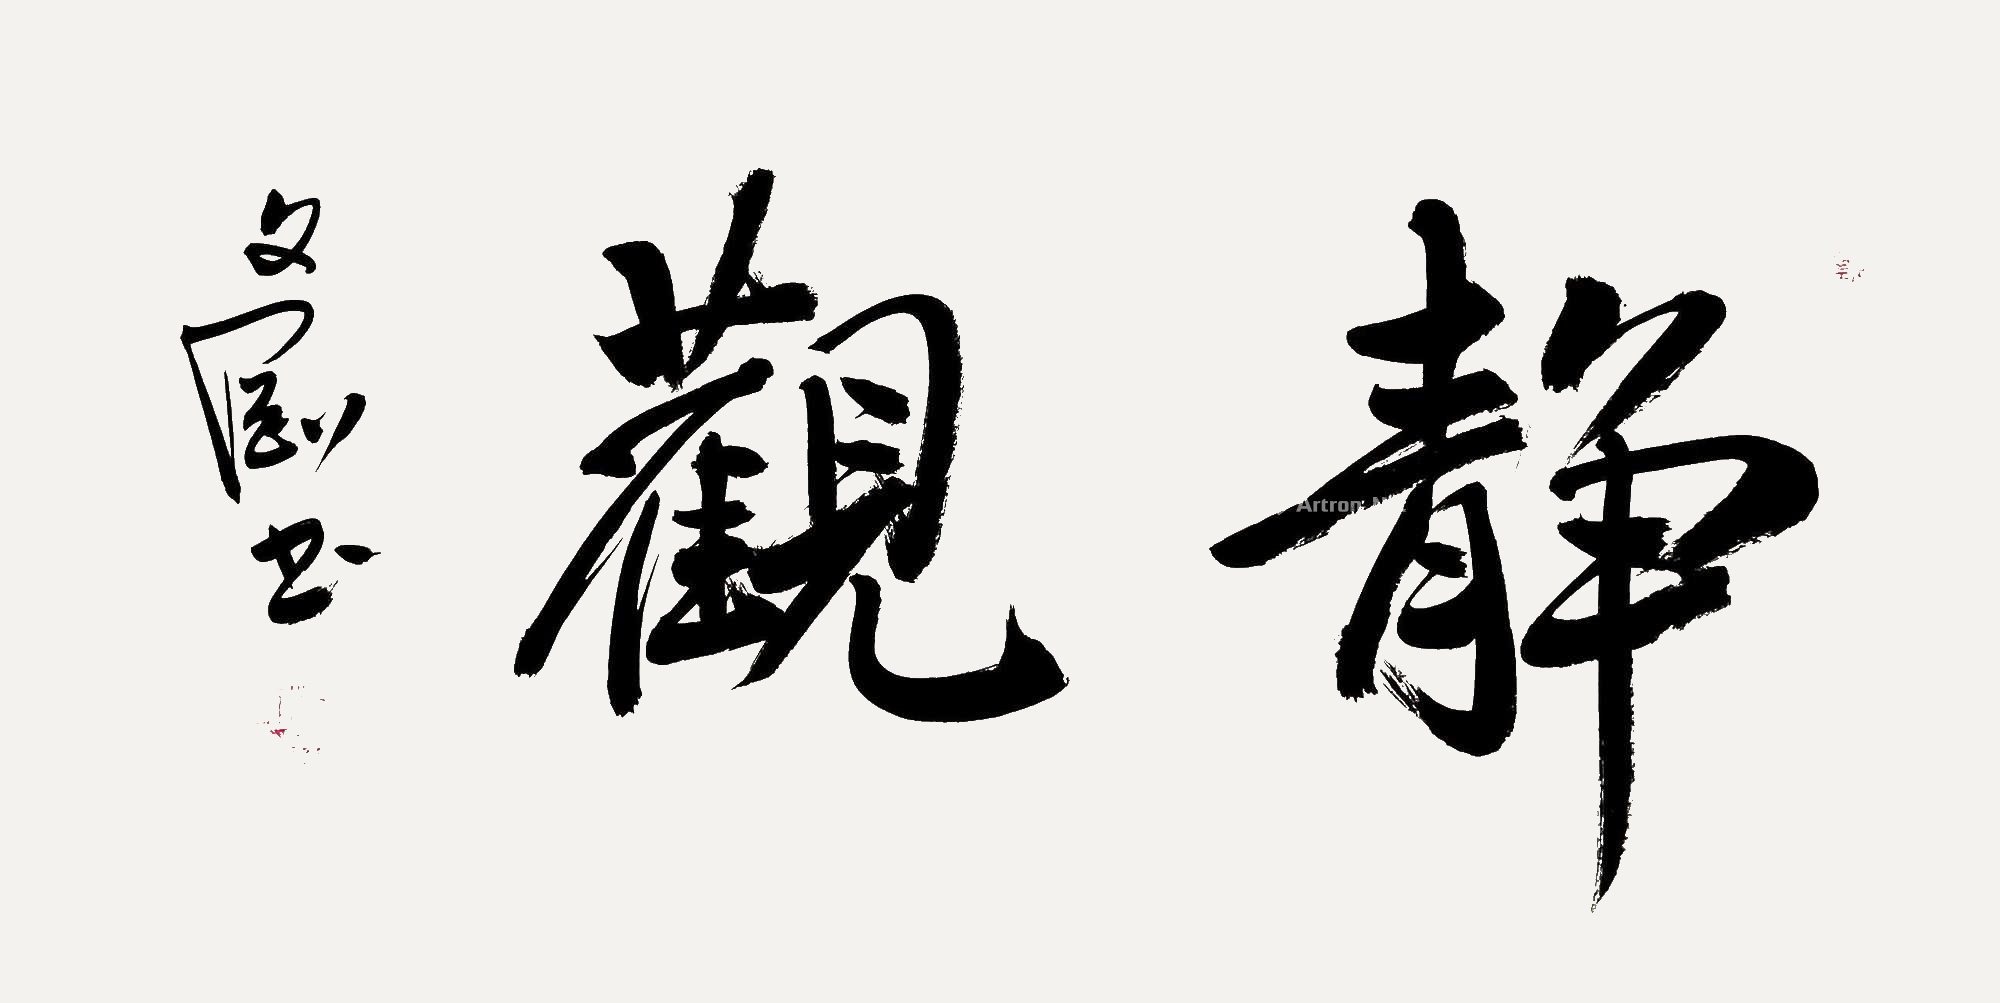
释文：静观杨文刚